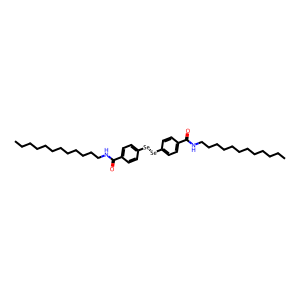
SMILES: CCCCCCCCCCCCNC(=O)c1ccc([Se][Se]c2ccc(C(=O)NCCCCCCCCCCCC)cc2)cc1
Inhibits HIV replication: No